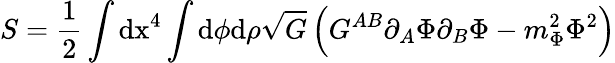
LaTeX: S=\frac{1}{2}\int\mathrm{dx}^{4}\int\mathrm{d}\phi\mathrm{d}\rho\sqrt{G}\left(G^{AB}\partial_{A}\Phi\partial_{B}\Phi-m_{\Phi}^{2}\Phi^{2}\right)